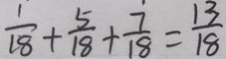
\frac { 1 } { 1 8 } + \frac { 5 } { 1 8 } + \frac { 7 } { 1 8 } = \frac { 1 3 } { 1 8 }